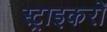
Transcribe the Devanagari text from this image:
स्ट्राइकरों